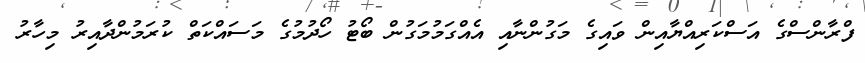
ފްރާންސްގެ އަސްކަރިއްޔާއިން ވައިގެ މަގުންނާއި އެއްގަމުމަގުން ބޯޓު ހޯދުމުގެ މަސައްކަތް ކުރަމުންދާއިރު މިހާރު